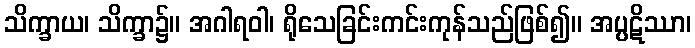
သိက္ခာယ၊ သိက္ခာ၌။ အဂါရဝါ၊ ရိုသေခြင်းကင်းကုန်သည်ဖြစ်၍။ အပ္ပဋိဿာ၊